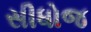
સીધોજ